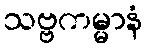
သဗ္ဗကမ္မာနံ